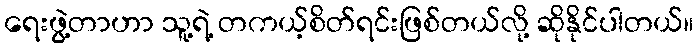
ရေးဖွဲ့တာဟာ သူ့ရဲ့ တကယ့်စိတ်ရင်းဖြစ်တယ်လို့ ဆိုနိုင်ပါတယ်။